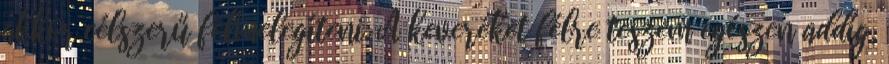
akkor célszerű felmelegíteni. A keveréket félre teszem egészen addig,